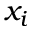
x _ { i }